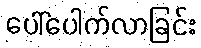
ပေါ်ပေါက်လာခြင်း